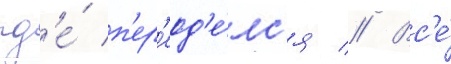
гд'е́ п'ер'еод'е́лс'я // Вс'е́